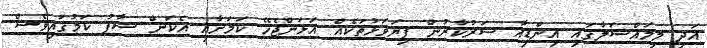
އަދި މިމައްސަލާގައި އިންޑިއާ ސަރުކާރުން ފިޔަވަޅުތަކެއް އަޅަންޖެހޭ ކަމަށާއި އެކަން ސާފު ކަމުގައިވެސް